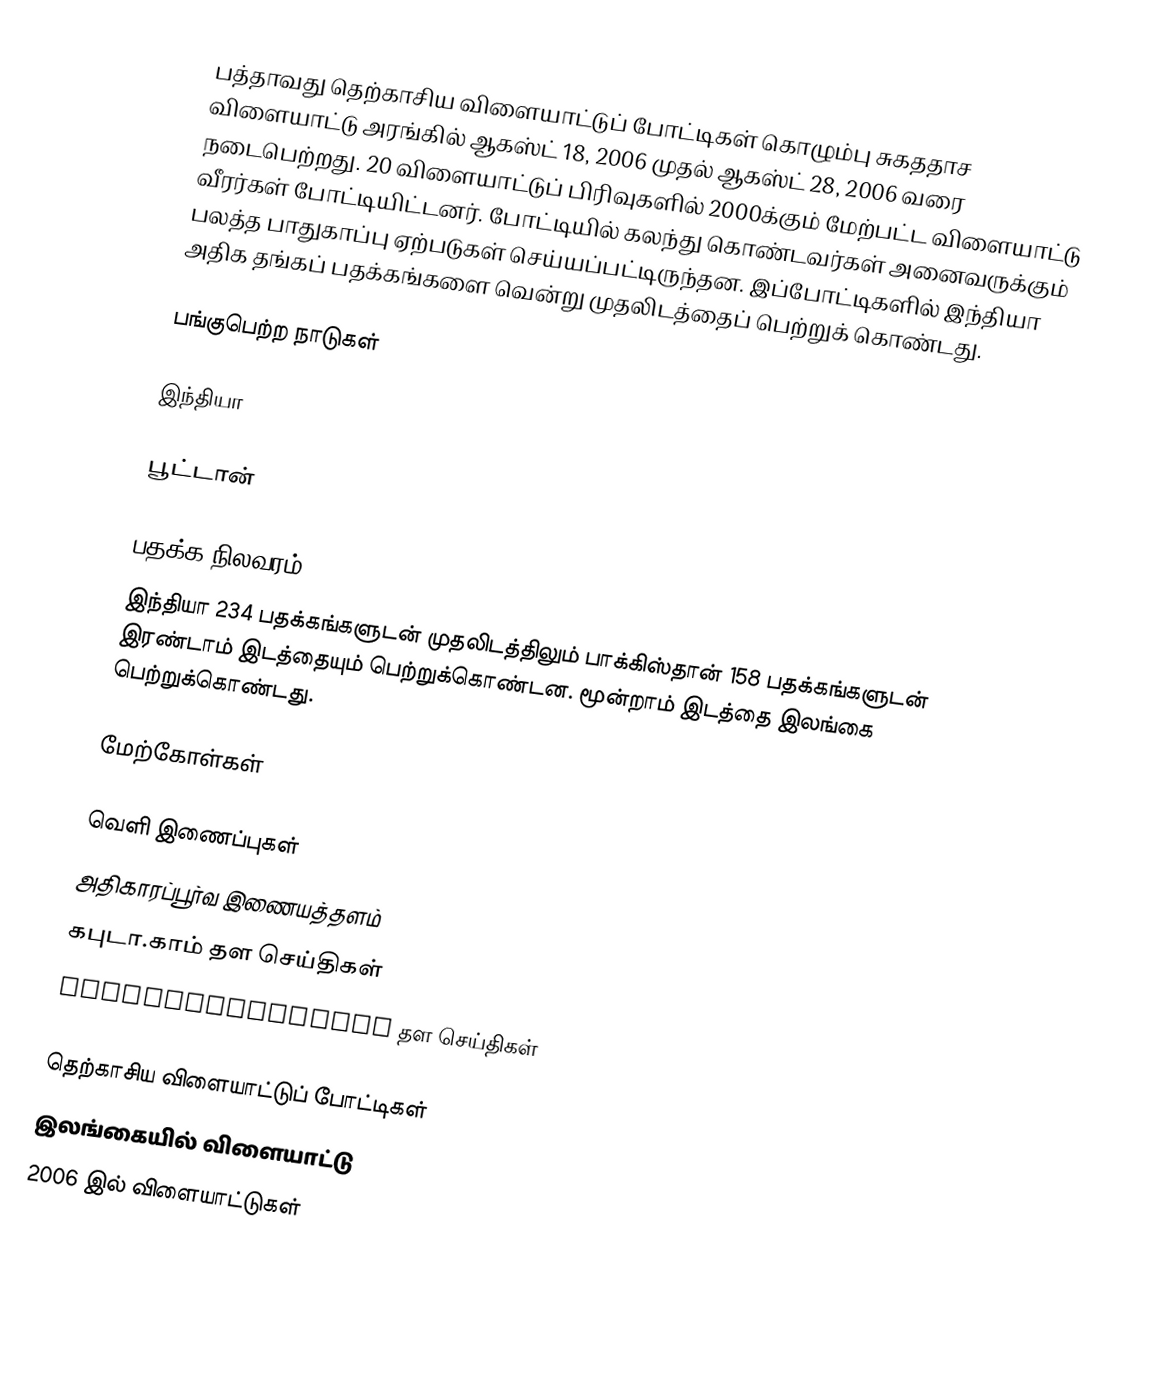
பத்தாவது தெற்காசிய விளையாட்டுப் போட்டிகள்  கொழும்பு சுகததாச விளையாட்டு அரங்கில் ஆகஸ்ட் 18, 2006 முதல் ஆகஸ்ட் 28, 2006 வரை நடைபெற்றது. 20 விளையாட்டுப் பிரிவுகளில் 2000க்கும் மேற்பட்ட விளையாட்டு வீரர்கள் போட்டியிட்டனர். போட்டியில் கலந்து கொண்டவர்கள் அனைவருக்கும் பலத்த பாதுகாப்பு ஏற்படுகள் செய்யப்பட்டிருந்தன.  இப்போட்டிகளில் இந்தியா அதிக தங்கப் பதக்கங்களை வென்று முதலிடத்தைப் பெற்றுக் கொண்டது.

பங்குபெற்ற நாடுகள்

இந்தியா

பூட்டான்

பதக்க நிலவரம்
இந்தியா 234 பதக்கங்களுடன் முதலிடத்திலும் பாக்கிஸ்தான் 158 பதக்கங்களுடன் இரண்டாம் இடத்தையும் பெற்றுக்கொண்டன. மூன்றாம் இடத்தை இலங்கை பெற்றுக்கொண்டது.

மேற்கோள்கள்

வெளி இணைப்புகள்
அதிகாரப்பூர்வ இணையத்தளம்
கபுடா.காம் தள செய்திகள்
Tomorrowsrilanka தள செய்திகள்

தெற்காசிய விளையாட்டுப் போட்டிகள்
இலங்கையில் விளையாட்டு
2006 இல் விளையாட்டுகள்